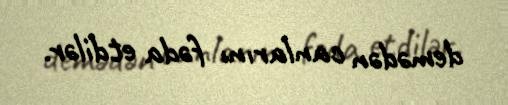
demədən canlarını fəda etdilər.